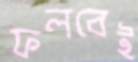
ফলবেই